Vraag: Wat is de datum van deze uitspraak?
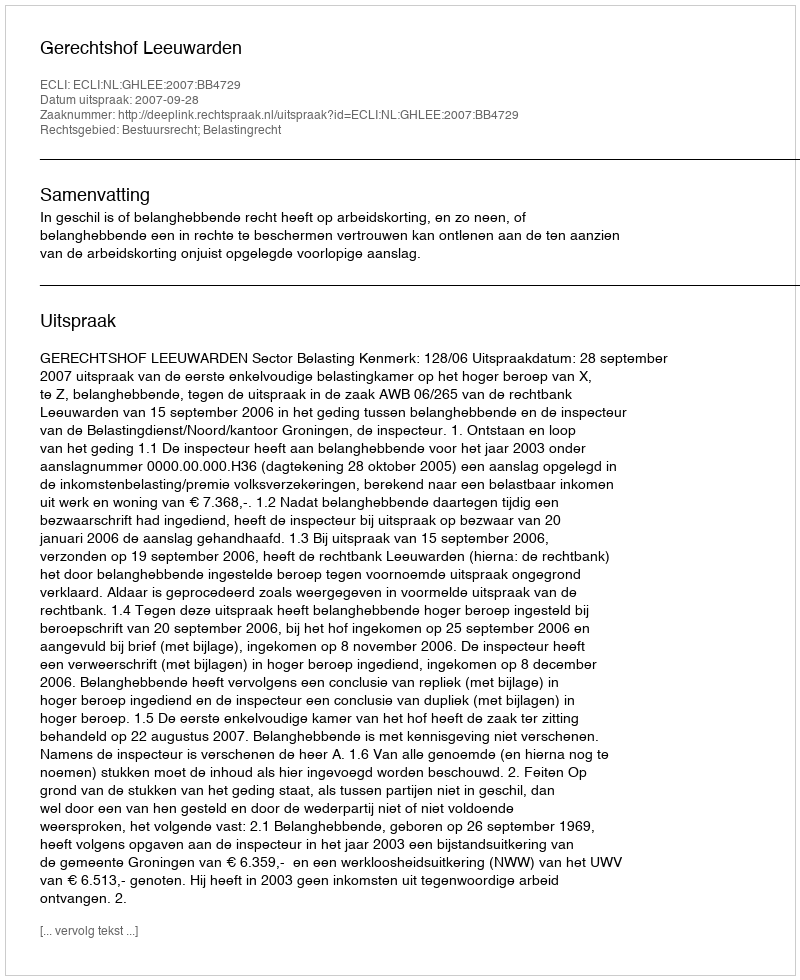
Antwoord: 2007-09-28